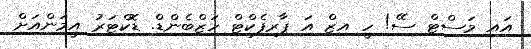
އައި މަސްޓް ސޭ! ހީ އިޒް އަ ޕާރފެކްޓް ހަޒްބެންޑް. ޑޮކްޓަރު އީމަންއަށް